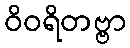
ဝိဝရိတဗ္ဗာ